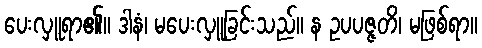
ပေးလှူရာ၏။ ဒါနံ၊ မပေးလှူခြင်းသည်။ န ဥပပဇ္ဇတိ၊ မဖြစ်ရာ။